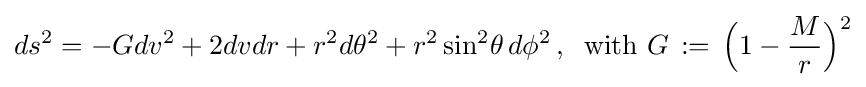
ds^{2}=-Gdv^{2}+2dvdr+r^{2}d\theta ^{2}+r^{2}\sin ^{2}\!\theta \,d\phi ^{2}\,,\;\;{\text{with }}G\,:=\,{\Big (}1-{\frac {M}{r}}{\Big )}^{2}